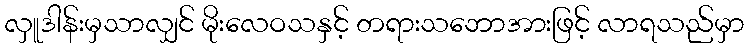
လှူဒါန်းမှသာလျှင် မိုးလေဝသနှင့် တရားသဘောအားဖြင့် လာရသည်မှာ